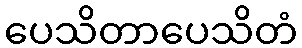
ပေသိတာပေသိတံ